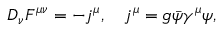
D _ { \nu } F ^ { \mu \nu } = - j ^ { \mu } , \quad j ^ { \mu } = g \bar { \psi } \gamma ^ { \mu } \psi ,